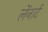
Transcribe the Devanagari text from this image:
लेंनार्ट